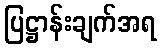
ပြဋ္ဌာန်းချက်အရ